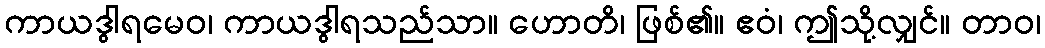
ကာယဒွါရမေဝ၊ ကာယဒွါရသည်သာ။ ဟောတိ၊ ဖြစ်၏။ ဧဝံ၊ ဤသို့လျှင်။ တာဝ၊